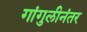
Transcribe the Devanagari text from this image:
गांगुलीनंतर